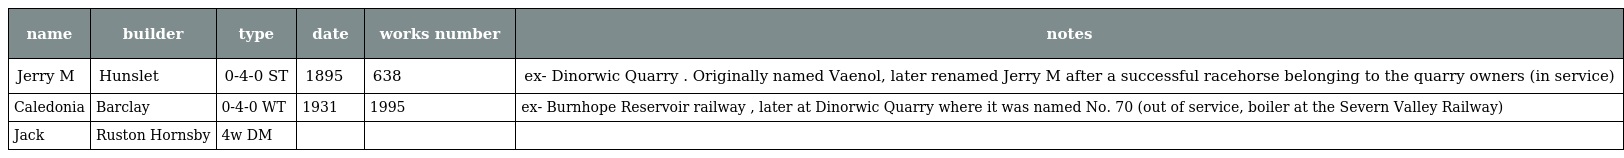
| name | builder | type | date | works number | notes |
 | --- | --- | --- | --- | --- | --- |
 | Jerry M | Hunslet | 0-4-0 ST | 1895 | 638 | ex- Dinorwic Quarry . Originally named Vaenol, later renamed Jerry M after a successful racehorse belonging to the quarry owners (in service) |
 | Caledonia | Barclay | 0-4-0 WT | 1931 | 1995 | ex- Burnhope Reservoir railway , later at Dinorwic Quarry where it was named No. 70 (out of service, boiler at the Severn Valley Railway) |
 | Jack | Ruston Hornsby | 4w DM |  |  |  |